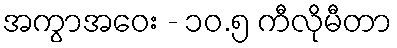
အကွာအဝေး - ၁၀.၅ ကီလိုမီတာ